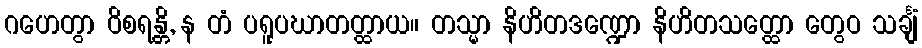
ဂဟေတွာ ဝိစရန္တိ, န တံ ပရူပဃာတတ္ထာယ။ တသ္မာ နိဟိတဒဏ္ဍော နိဟိတသတ္ထော တွေဝ သင်္ချံ